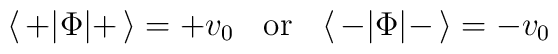
\langle\, + | \Phi | + \,\rangle = +v_0 \;\; \mbox{ or }\;\;\langle\, - | \Phi | - \,\rangle = -v_0